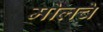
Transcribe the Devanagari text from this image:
मोलचे